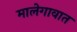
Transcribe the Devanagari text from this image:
मालेगावात